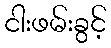
ငါးဖမ်းခွင့်